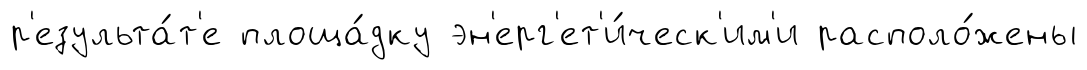
р'езульта́т'е площа́дку эн'ерг'ет'и́ческ'им'и располо́жены